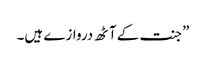
”جنت کے آٹھ دروازے ہیں۔